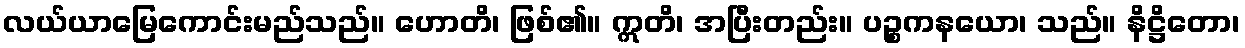
လယ်ယာမြေကောင်းမည်သည်။ ဟောတိ၊ ဖြစ်၏။ ဣတိ၊ အပြီးတည်း။ ပဉ္စကနယော၊ သည်။ နိဋ္ဌိတော၊